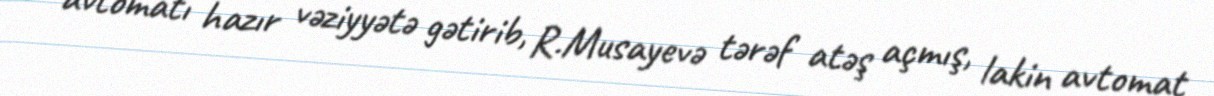
avtomatı hazır vəziyyətə gətirib, R.Musayevə tərəf atəş açmış, lakin avtomat